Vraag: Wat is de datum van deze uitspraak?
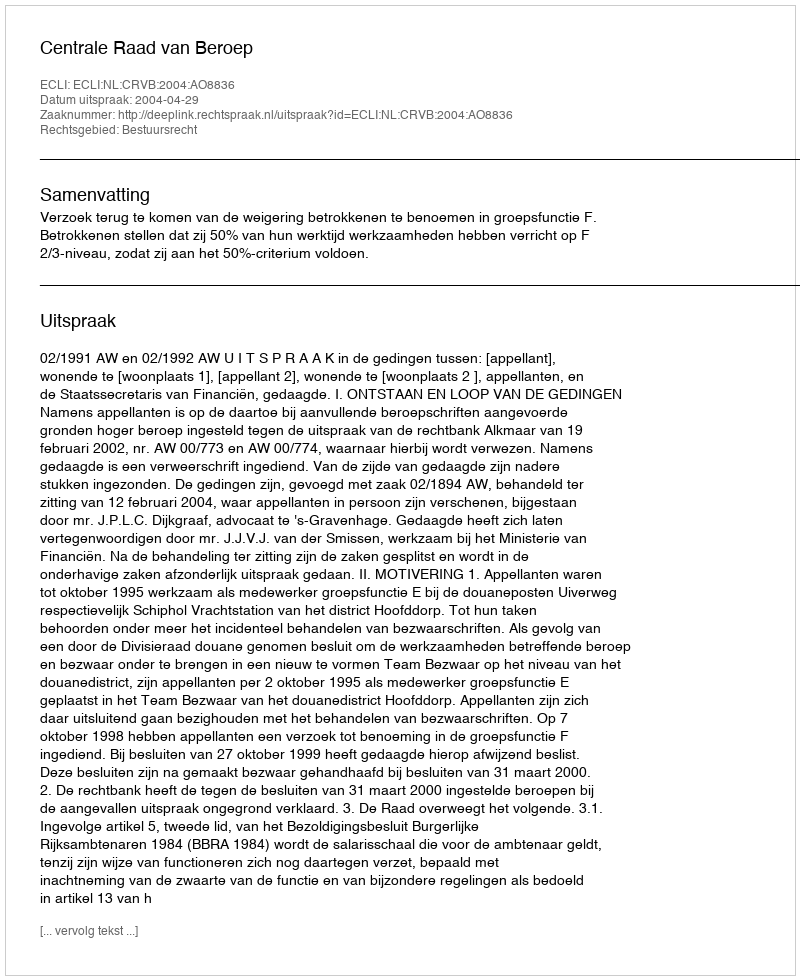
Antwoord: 2004-04-29